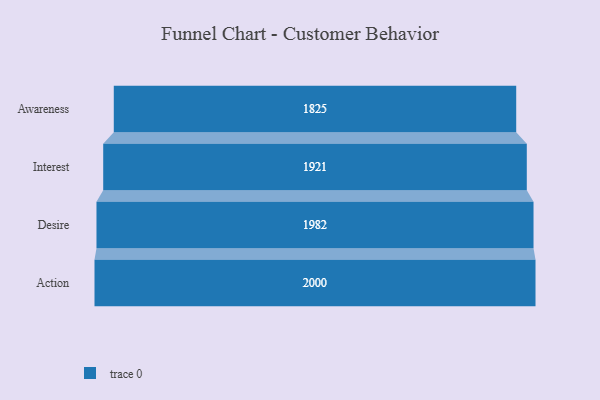
{"axis": {"x": "Stage", "y": "Value"}, "legend": [""], "data": [{"x": "Awareness", "y": 1825.0, "type": ""}, {"x": "Interest", "y": 1921.0, "type": ""}, {"x": "Desire", "y": 1982.0, "type": ""}, {"x": "Action", "y": 2000, "type": ""}]}